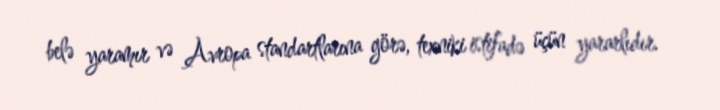
belə yaramır və Avropa standartlarına görə, texniki istifadə üçün yararlıdır.